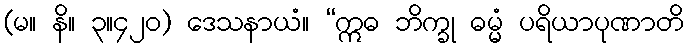
(မ။ နိ။ ၃။၄၂၀) ဒေသနာယံ။ “ဣဓ ဘိက္ခု ဓမ္မံ ပရိယာပုဏာတိ